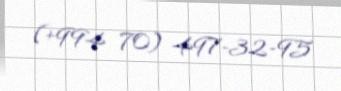
(+994 70) 497-32-95